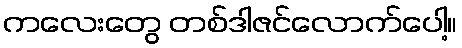
ကလေးတွေ တစ်ဒါဇင်လောက်ပေါ့။